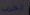
الخراب